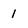
Character: 1